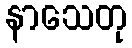
နာသေတု